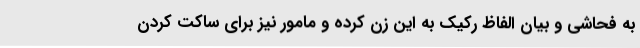
به فحاشی و بیان الفاظ رکیک به این زن کرده و مامور نیز برای ساکت کردن